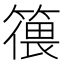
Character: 𱸠